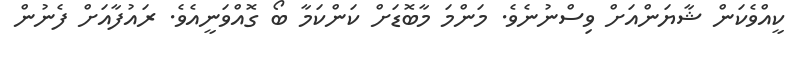
ކީއްވެކަން ޝާޔަންއަށް ވިސްނުނެވެ. މަންމަ މާބޮޑަށް ކަންކަމާ ބޯ ގޮއްވަނީއެވެ. ރައުފާއަށް ފެނުން